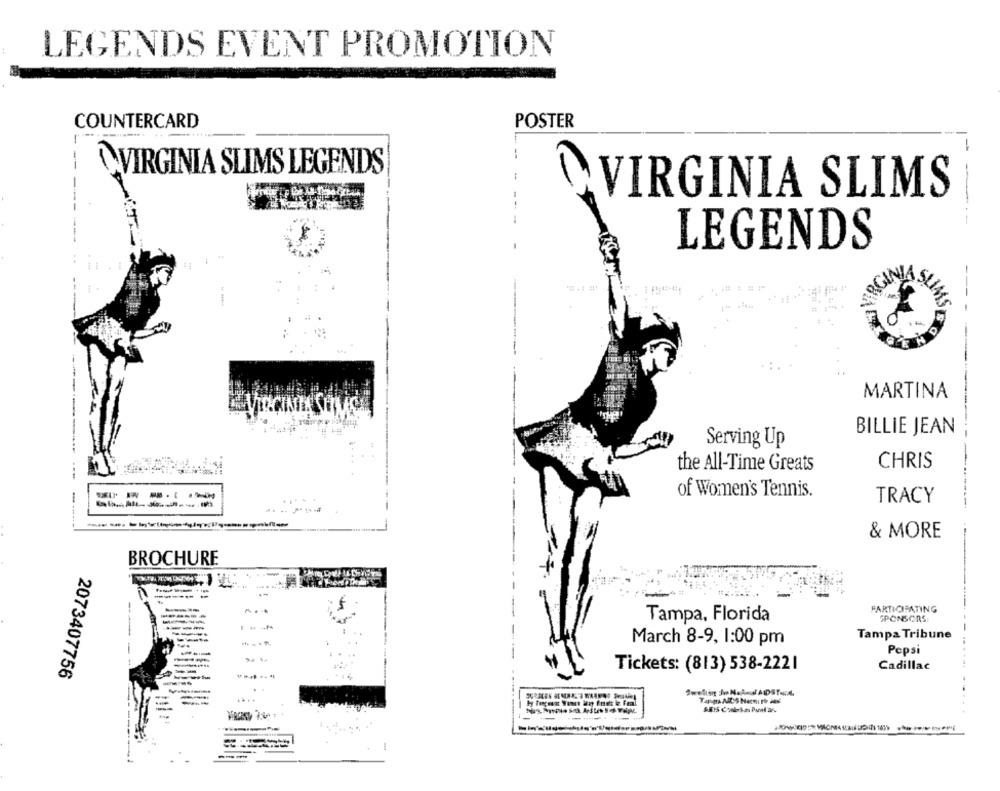
LEGENDS EVENT PROMOTION
COUNTERCARD
POSTER
VIRGINIA SLIMS LEGENDS
VIRGINIA SLIMS
LEGENDS
--
QGINA
SLIMS
MARTINA
BILLIE JEAN
Serving Up
the All-Time Greats
CHRIS
-----
of Women's Tennis.
TRACY
& MORE
BROCHURE
----
----
....
PARTICIPATING
Tampa, Florida
SPONSORS:
--
Tampa Tribune
March 8-9, 1:00 pm
Pepsi
Tickets: (813) 538-2221
Cadillac
2073407756
-
Tapa ASHencry